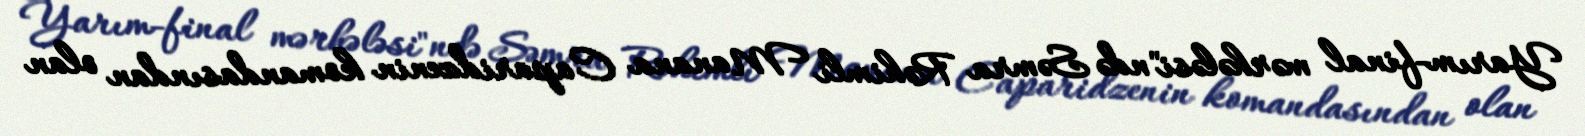
Yarım-final mərhələsi"ndə Səmra Rəhimli Manana Caparidzenin komandasından olan